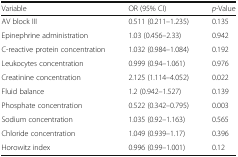
<table><thead><tr><td><b>Variable</b></td><td><b>OR (95% CI)</b></td><td><b><i>p</i>-Value</b></td></tr></thead><tbody><tr><td>AV block III</td><td>0.511 (0.211–1.235)</td><td>0.135</td></tr><tr><td>Epinephrine administration</td><td>1.03 (0.456–2.33)</td><td>0.942</td></tr><tr><td>C-reactive protein concentration</td><td>1.032 (0.984–1.084)</td><td>0.192</td></tr><tr><td>Leukocytes concentration</td><td>0.999 (0.94–1.061)</td><td>0.976</td></tr><tr><td>Creatinine concentration</td><td>2.125 (1.114–4.052)</td><td>0.022</td></tr><tr><td>Fluid balance</td><td>1.2 (0.942–1.527)</td><td>0.139</td></tr><tr><td>Phosphate concentration</td><td>0.522 (0.342–0.795)</td><td>0.003</td></tr><tr><td>Sodium concentration</td><td>1.035 (0.92–1.163)</td><td>0.565</td></tr><tr><td>Chloride concentration</td><td>1.049 (0.939–1.17)</td><td>0.396</td></tr><tr><td>Horowitz index</td><td>0.996 (0.99–1.001)</td><td>0.12</td></tr></tbody></table>